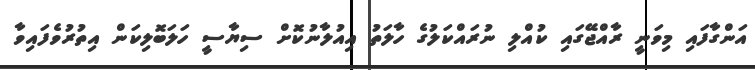
އަންގާފައި މިވަނީ ރާއްޖޭގައި ކުއްލި ނުރައްކަލުގެ ހާލަތު އިއުލާނުކޮށް ސިޔާސީ ހަލަބޮލިކަން އިތުރުވެފައިވާ